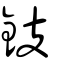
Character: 鈘